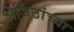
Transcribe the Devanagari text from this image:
अजिंठांच्या